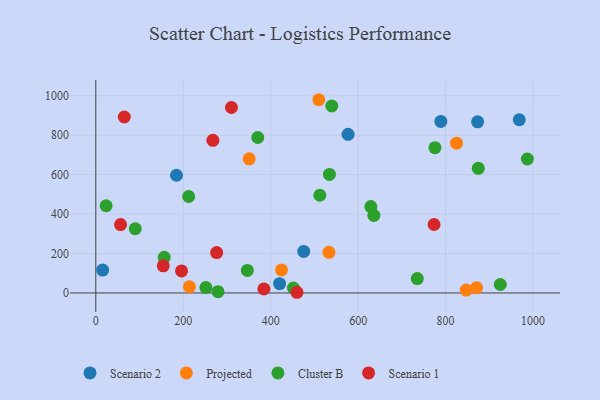
{"axis": {"x": "Price", "y": "Exam Score"}, "legend": ["Cluster B", "Projected", "Scenario 1", "Scenario 2"], "data": [{"x": "15.6", "y": 115.9, "type": "Scenario 2"}, {"x": "577.0", "y": 804.6, "type": "Scenario 2"}, {"x": "420.4", "y": 47.3, "type": "Scenario 2"}, {"x": "873.3", "y": 868.4, "type": "Scenario 2"}, {"x": "184.6", "y": 597.2, "type": "Scenario 2"}, {"x": "968.5", "y": 878.6, "type": "Scenario 2"}, {"x": "475.6", "y": 210.7, "type": "Scenario 2"}, {"x": "789.2", "y": 870.0, "type": "Scenario 2"}, {"x": "424.8", "y": 116.8, "type": "Projected"}, {"x": "510.1", "y": 980.3, "type": "Projected"}, {"x": "214.2", "y": 31.3, "type": "Projected"}, {"x": "350.9", "y": 680.4, "type": "Projected"}, {"x": "533.2", "y": 206.3, "type": "Projected"}, {"x": "825.0", "y": 760.0, "type": "Projected"}, {"x": "847.3", "y": 14.5, "type": "Projected"}, {"x": "870.9", "y": 26.8, "type": "Projected"}, {"x": "279.5", "y": 6.4, "type": "Cluster B"}, {"x": "534.3", "y": 601.6, "type": "Cluster B"}, {"x": "512.4", "y": 495.7, "type": "Cluster B"}, {"x": "23.6", "y": 442.4, "type": "Cluster B"}, {"x": "987.1", "y": 679.5, "type": "Cluster B"}, {"x": "874.8", "y": 632.2, "type": "Cluster B"}, {"x": "925.2", "y": 42.9, "type": "Cluster B"}, {"x": "452.0", "y": 25.2, "type": "Cluster B"}, {"x": "539.8", "y": 948.4, "type": "Cluster B"}, {"x": "629.1", "y": 438.4, "type": "Cluster B"}, {"x": "90.2", "y": 325.8, "type": "Cluster B"}, {"x": "636.0", "y": 393.5, "type": "Cluster B"}, {"x": "370.4", "y": 788.7, "type": "Cluster B"}, {"x": "346.6", "y": 114.4, "type": "Cluster B"}, {"x": "212.4", "y": 489.3, "type": "Cluster B"}, {"x": "775.7", "y": 737.0, "type": "Cluster B"}, {"x": "735.3", "y": 73.1, "type": "Cluster B"}, {"x": "251.8", "y": 27.3, "type": "Cluster B"}, {"x": "156.4", "y": 181.0, "type": "Cluster B"}, {"x": "56.6", "y": 346.8, "type": "Scenario 1"}, {"x": "154.3", "y": 137.7, "type": "Scenario 1"}, {"x": "196.1", "y": 112.0, "type": "Scenario 1"}, {"x": "310.2", "y": 940.8, "type": "Scenario 1"}, {"x": "276.4", "y": 204.7, "type": "Scenario 1"}, {"x": "65.2", "y": 892.6, "type": "Scenario 1"}, {"x": "773.7", "y": 347.3, "type": "Scenario 1"}, {"x": "384.5", "y": 20.5, "type": "Scenario 1"}, {"x": "267.8", "y": 774.2, "type": "Scenario 1"}, {"x": "460.1", "y": 3.5, "type": "Scenario 1"}]}